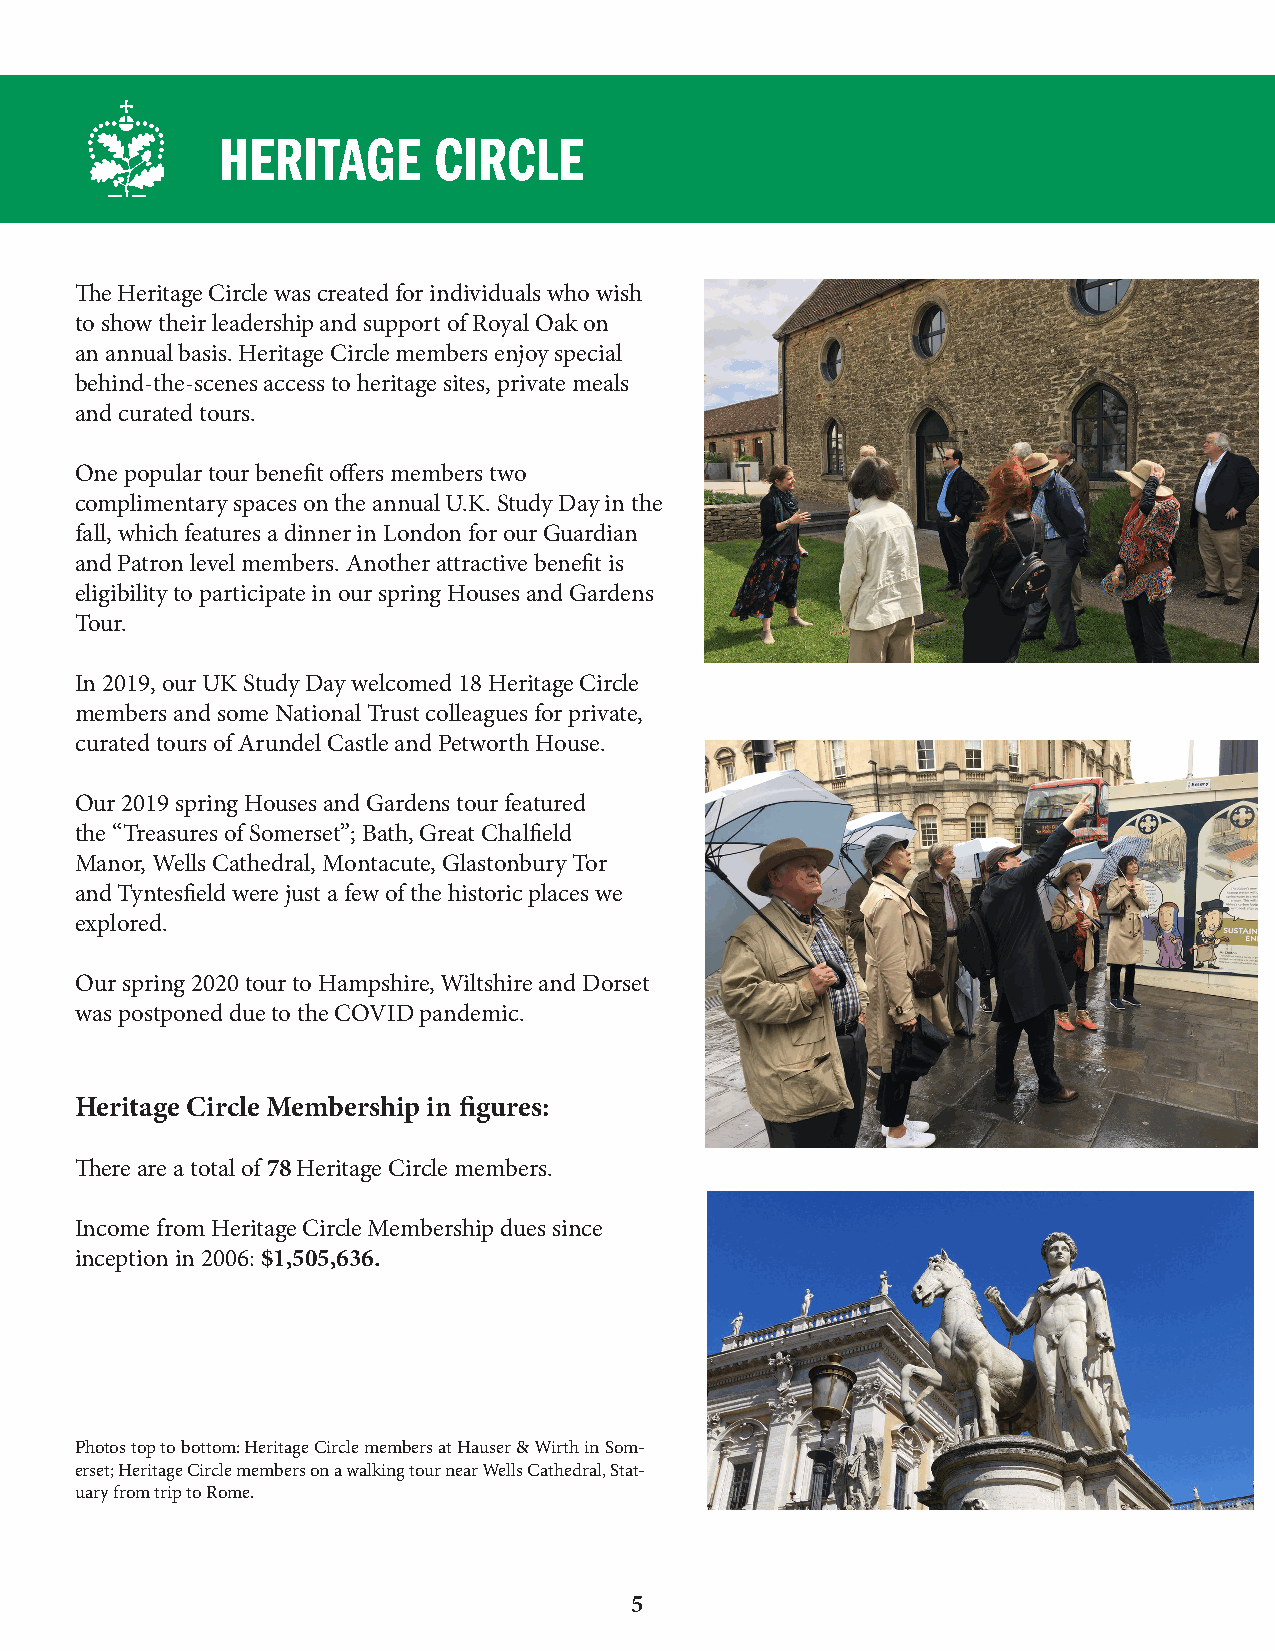
HERITAGE       CIRCLE
 The Heritage Circle was created for individuals who wish
 to show their leadership and support of Royal Oak on
 an annual basis. Heritage Circle members enjoy special
 behind-the-scenes access to heritage sites, private meals
 and curated tours.
 One popular tour benefit offers members two
 complimentary spaces on the annual U.K. Study Day in the
 fall, which features a dinner in London for our Guardian
 and Patron level members. Another attractive benefit is
 eligibility to participate in our spring Houses and Gardens
 Tour.
 In 2019, our UK Study Day welcomed 18 Heritage Circle
 members and some National Trust colleagues for private,
 curated tours of Arundel Castle and Petworth House.
 Our 2019 spring Houses and Gardens tour featured
 the “Treasures of Somerset”; Bath, Great Chalfield
 Manor, Wells Cathedral, Montacute, Glastonbury Tor
 and Tyntesfield were just a few of the historic places we
 explored.
 Our spring 2020 tour to Hampshire, Wiltshire and Dorset
 was postponed due to the COVID pandemic.
 Heritage Circle Membership in figures:
 There are a total of 78 Heritage Circle members.
 Income from Heritage Circle Membership dues since
 inception in 2006: $1,505,636.
 Photos top to bottom: Heritage Circle members at Hauser & Wirth in Som-
 erset; Heritage Circle members on a walking tour near Wells Cathedral, Stat-
 uary from trip to Rome.
 5